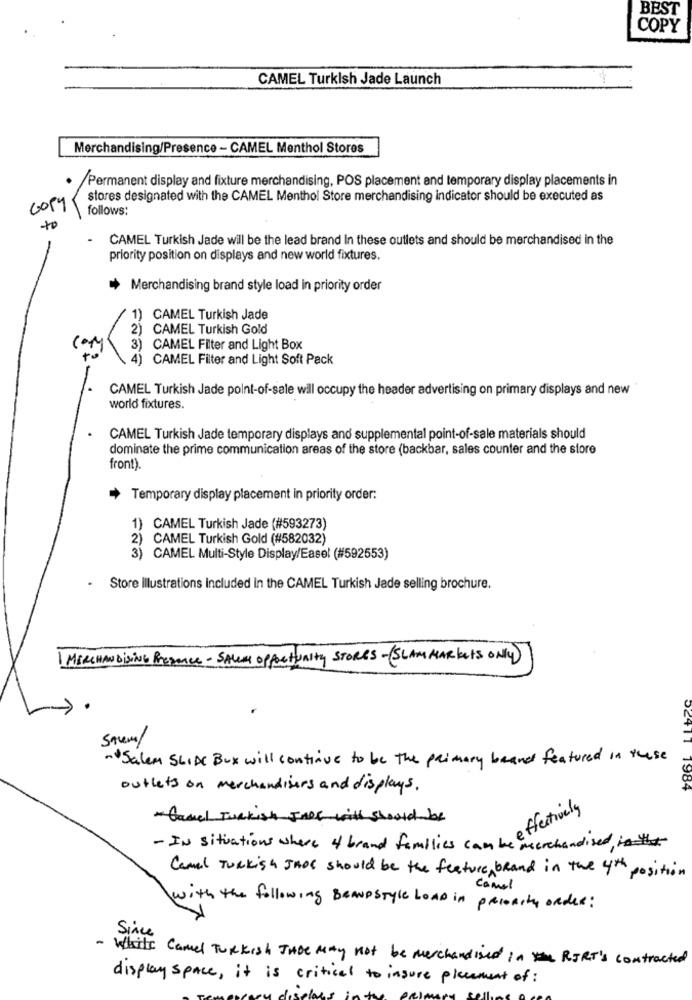
BEST
COPY
CAMEL Turkish Jade Launch
Merchandising/Presence - CAMEL Menthol Stores
/Permanent display and fixture merchandising, POS placement and temporary display placements in
stores designated with the CAMEL Menthol Store merchandising indicator should be executed as
copy
follows:
to
CAMEL Turkish Jade will be the lead brand In these outlets and should be merchandised in the
priority position on displays and new world fixtures.
Merchandising brand style load in priority order
CAMEL Turkish Jade
CAMEL Turkish Gold
CAMEL Filter and Light Box
CAMEL Filter and Light Soft Pack
CAMEL Turkish Jade point-of-sale will occupy the header advertising on primary displays and new
world fixtures.
CAMEL Turkish Jade temporary displays and supplemental point-of-sale materials should
dominate the prime communication areas of the store (backbar, sales counter and the store
front).
Temporary display placement in priority order:
1) CAMEL Turkish Jade (#593273)
2) CAMEL Turkish Gold (#582032)
3) CAMEL Multi-Style Display/Easel (#592553)
Store Illustrations Included in the CAMEL Turkish Jade selling brochure.
MERCHANDISING Presence - SALES opportunity STORES -( SLAM MARkers ONLY)
Savem/
- Salem SLIDE Bux will continue to be the primary brand featured in these
outlets on merchandisers and displays.
52411 1984
effectively
- Casal Turkish JADE with should be
- IN situations where of brand families can be merchandised, in that
Canal Turkish JADE should be the feature, brand in the 4th position
camel
with the following BRANDSTyle LOAD in priority order:
Since
- While Camel Turkish THoe MAY not be merchandised in RIRT's contracted
display space, it is critical to insure placement of :